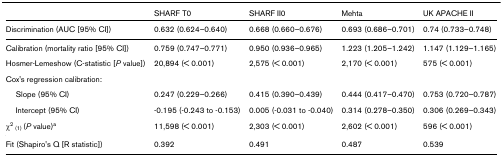
|  | SHARF T0 | SHARF II0 | Mehta | UK APACHE II |
 | --- | --- | --- | --- | --- |
 | Discrimination (AUC [95% CI]) | 0.632 (0.624–0.640) | 0.668 (0.660–0.676) | 0.693 (0.686–0.701) | 0.74 (0.733–0.748) |
 | Calibration (mortality ratio [95% CI]) | 0.759 (0.747–0.771) | 0.950 (0.936–0.965) | 1.223 (1.205–1.242) | 1.147 (1.129–1.165) |
 | Hosmer-Lemeshow (C-statistic [P value]) | 20,894 (< 0.001) | 2,575 (< 0.001) | 2,170 (< 0.001) | 575 (< 0.001) |
 | Cox's regression calibration: |  |  |  |  |
 | Slope (95% CI) | 0.247 (0.229–0.266) | 0.415 (0.390–0.439) | 0.444 (0.417–0.470) | 0.753 (0.720–0.787) |
 | Intercept (95% CI) | -0.195 (-0.243 to -0.153) | 0.005 (-0.031 to -0.040) | 0.314 (0.278–0.350) | 0.306 (0.269–0.343) |
 | χ2 (1) (P value)a | 11,598 (< 0.001) | 2,303 (< 0.001) | 2,602 (< 0.001) | 596 (< 0.001) |
 | Fit (Shapiro's Q [R statistic]) | 0.392 | 0.491 | 0.487 | 0.539 |